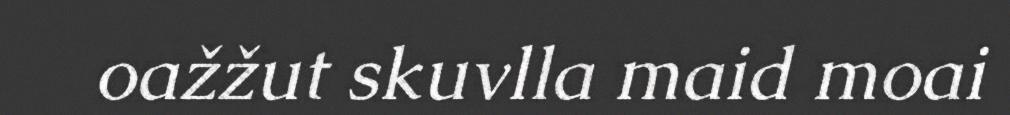
oažžut skuvlla maid moai